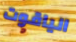
الياقوت